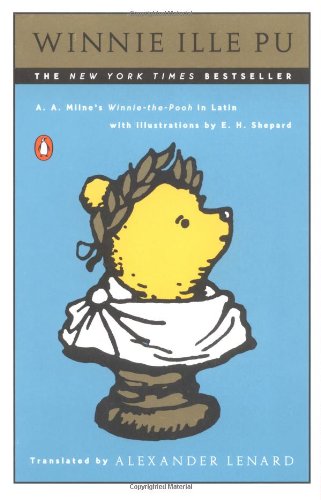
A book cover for Winnie Ille Pu (Latin Edition); A. A. Milne; Humor & Entertainment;